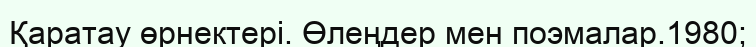
Қаратау өрнектері. Өлеңдер мен поэмалар.1980;